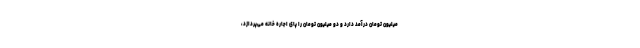
میلیون تومان درآمد دارد و دو میلیون تومان را پای اجاره خانه می‌پردازد،